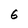
Character: 6